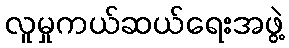
လူမှုကယ်ဆယ်ရေးအဖွဲ့